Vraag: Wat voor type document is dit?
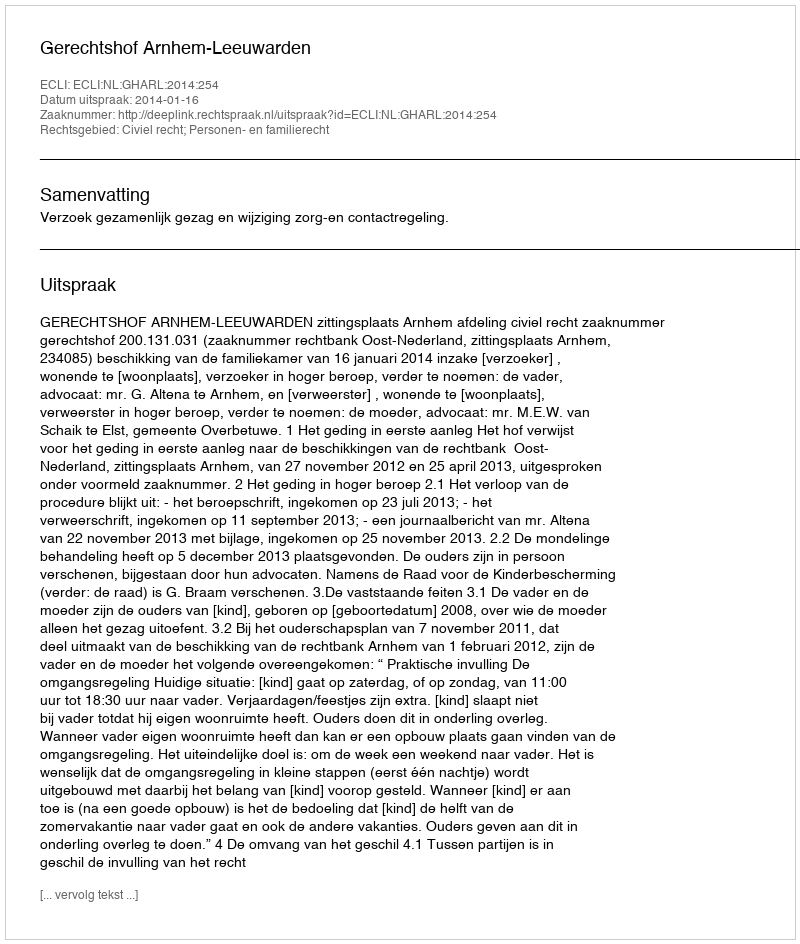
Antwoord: Uitspraak